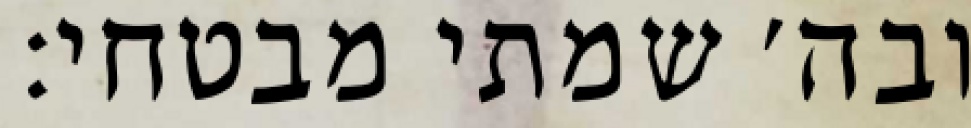
ובה׳ שמתי מבטחי: